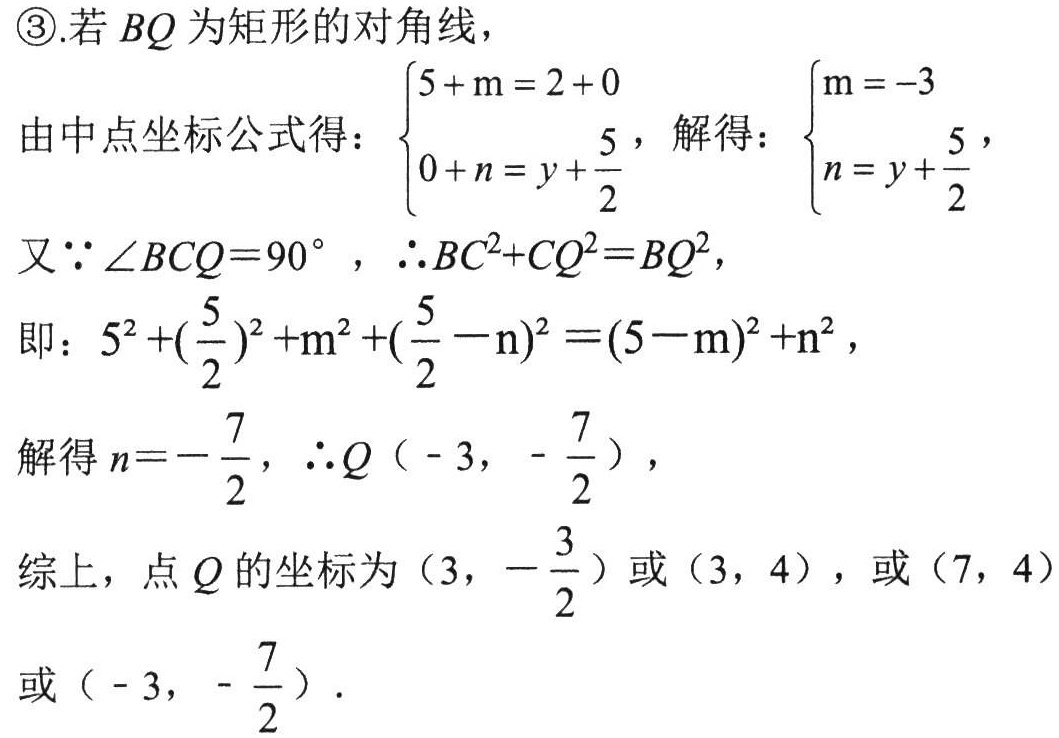
\textcircled{3}.若 \(BQ\) 为矩形的对角线，
由中点坐标公式得：\(\begin{cases}5 + m = 2 + 0\\0 + n = y+\dfrac{5}{2}\end{cases}\)，解得：\(\begin{cases}m = - 3\\n = y+\dfrac{5}{2}\end{cases}\)，
又\(\because\angle BCQ = 90^{\circ}\)，\(\therefore BC^{2}+CQ^{2}=BQ^{2}\)，
即：\(5^{2}+\left(\dfrac{5}{2}\right)^{2}+m^{2}+\left(\dfrac{5}{2}-n\right)^{2}=(5 - m)^{2}+n^{2}\)，
解得 \(n =-\dfrac{7}{2}\)，\(\therefore Q\left(-3,-\dfrac{7}{2}\right)\)，
综上，点 \(Q\) 的坐标为 \(\left(3,-\dfrac{3}{2}\right)\) 或 \((3,4)\)，或 \((7,4)\) 或 \(\left(-3,-\dfrac{7}{2}\right)\)．